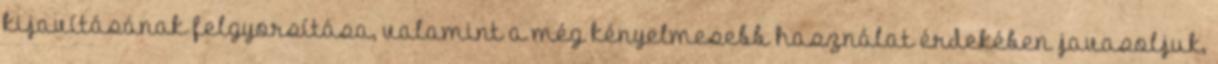
kijavításának felgyorsítása, valamint a még kényelmesebb használat érdekében javasoljuk,